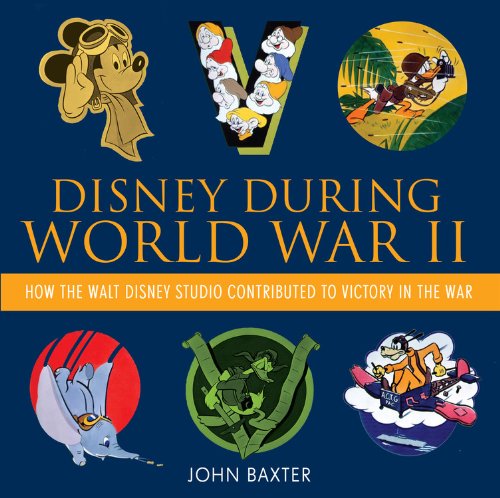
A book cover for Disney During World War II: How the Walt Disney Studio Contributed to Victory in the War (Disney Editions Deluxe); John Baxter; Engineering & Transportation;